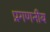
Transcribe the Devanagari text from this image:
प्रगणनीय